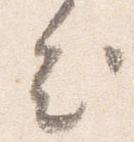
出